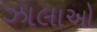
ઝાલાઓ